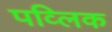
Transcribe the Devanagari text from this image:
पव्लिक